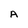
Character: A